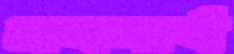
প্রথমার্ধ